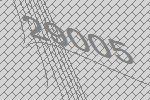
29005